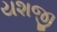
યશજી